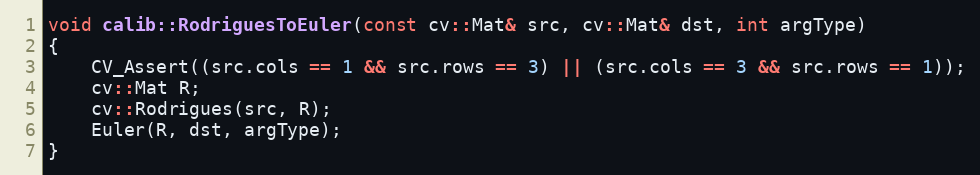
Language: C++
void calib::RodriguesToEuler(const cv::Mat& src, cv::Mat& dst, int argType)
{
    CV_Assert((src.cols == 1 && src.rows == 3) || (src.cols == 3 && src.rows == 1));
    cv::Mat R;
    cv::Rodrigues(src, R);
    Euler(R, dst, argType);
}